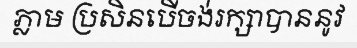
ភ្លាម ប្រសិនបើចង់រក្សាបាននូវ